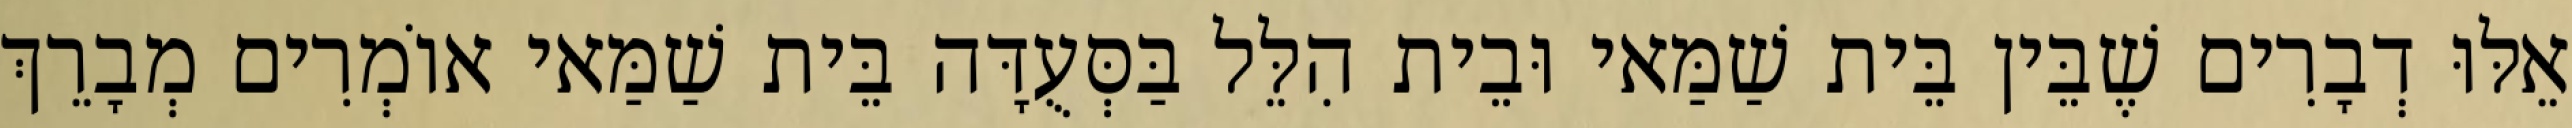
אֵלּוּ דְבָרִים שֶׁבֵּין בֵּית שַׁמַּאי וּבֵית הִלֵּל בַּסְּעֻדָּה בֵּית שַׁמַּאי אוֹמְרִים מְבָרֵךְ